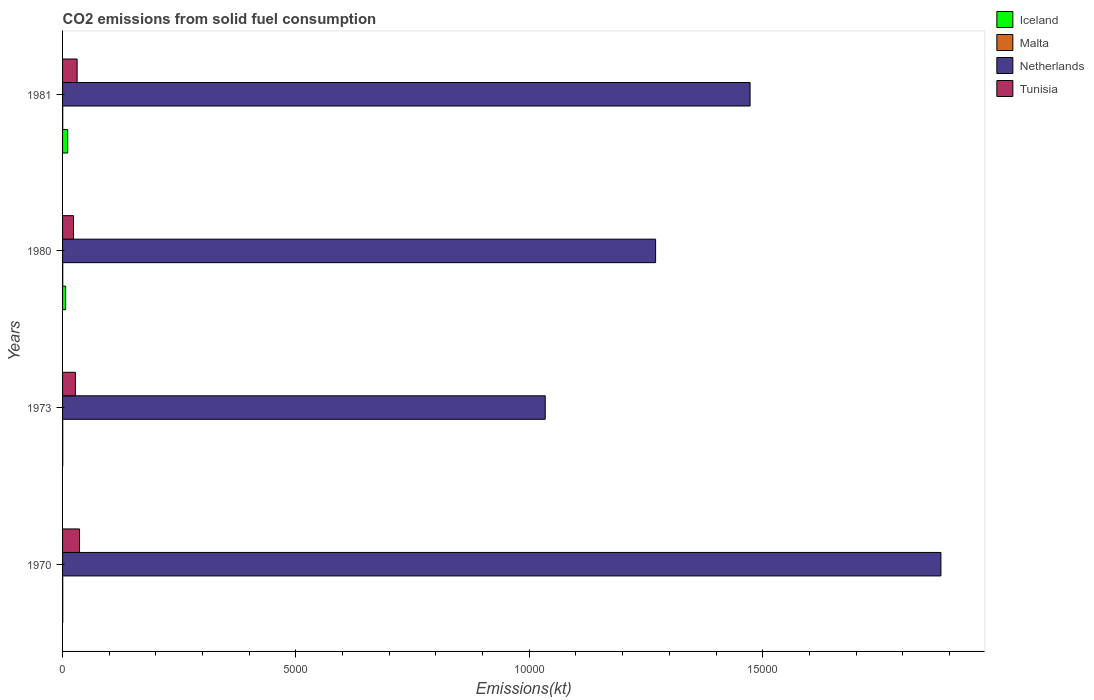
| Years | Iceland | Malta | Netherlands | Tunisia |
 | --- | --- | --- | --- | --- |
 | 1970 | 3.67 | 3.67 | 1.88e+04 | 363 |
 | 1973 | 3.67 | 3.67 | 1.03e+04 | 275 |
 | 1980 | 66 | 3.67 | 1.27e+04 | 235 |
 | 1981 | 110 | 3.67 | 1.47e+04 | 312 |